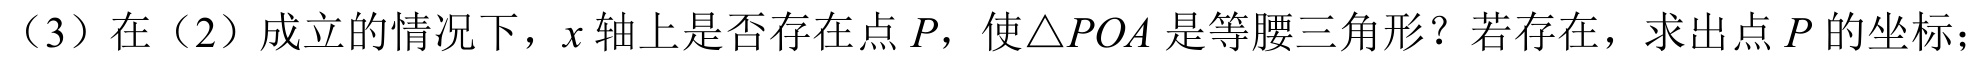
（3）在（2）成立的情况下，\(x\)轴上是否存在点\(P\)，使\(\triangle POA\)是等腰三角形？若存在，求出点\(P\)的坐标；